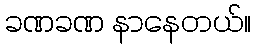
ခဏခဏ နာနေတယ်။